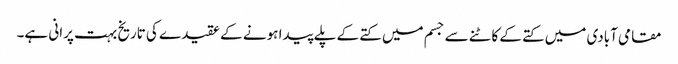
مقامی آبادی میں کتے کے کاٹنے سے جسم میں کتے کے پلے پیدا ہونے کے عقیدے کی تاریخ بہت پرانی ہے۔